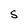
Character: S